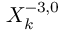
X _ { k } ^ { - 3 , 0 }